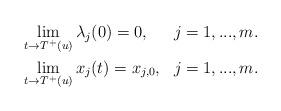
LaTeX: \begin{align*}\begin{aligned}&\lim_{t\rightarrow T^{+}(u)}\lambda_{j}(0)=0, &j=1,...,m.\\&\lim_{t\rightarrow T^{+}(u)}x_{j}(t)=x_{j,0}, & j=1,...,m.\end{aligned}\end{align*}